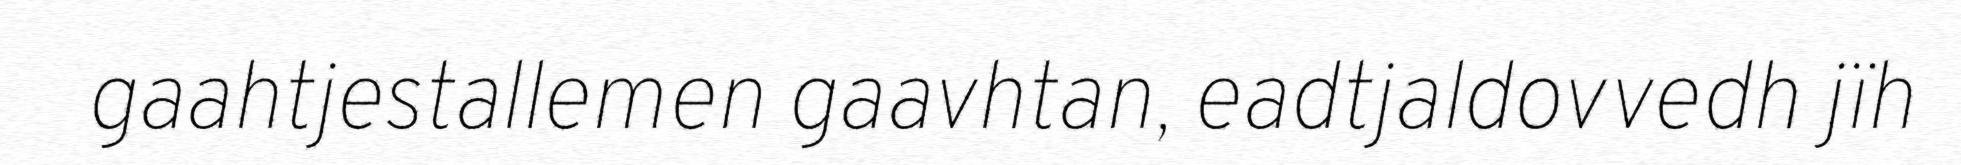
gaahtjestallemen gaavhtan, eadtjaldovvedh jïh